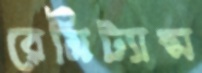
রেমিট্যান্স